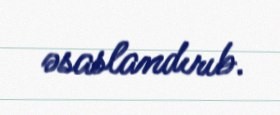
əsaslandırıb.